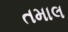
તમાલ